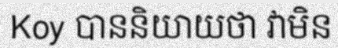
Koy បាននិយាយថា វាមិន